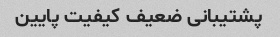
پشتیبانی ضعیف کیفیت پایین